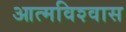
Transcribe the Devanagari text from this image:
आत्‍मविश्‍वास